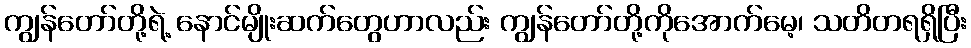
ကျွန်တော်တို့ရဲ့ နောင်မျိုးဆက်တွေဟာလည်း ကျွန်တော်တို့ကိုအောက်မေ့၊ သတိတရရှိပြီး